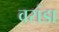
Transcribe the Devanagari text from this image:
वरांडा